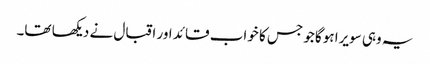
یہ وہی سویرا ہوگا جو جس کا خواب قائد اور اقبال نے دیکھا تھا۔